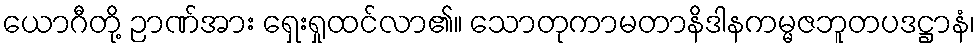
ယောဂီတို့ ဉာဏ်အား ရှေးရှုထင်လာ၏။ သောတုကာမတာနိဒါနကမ္မဇဘူတပဒဋ္ဌာနံ၊